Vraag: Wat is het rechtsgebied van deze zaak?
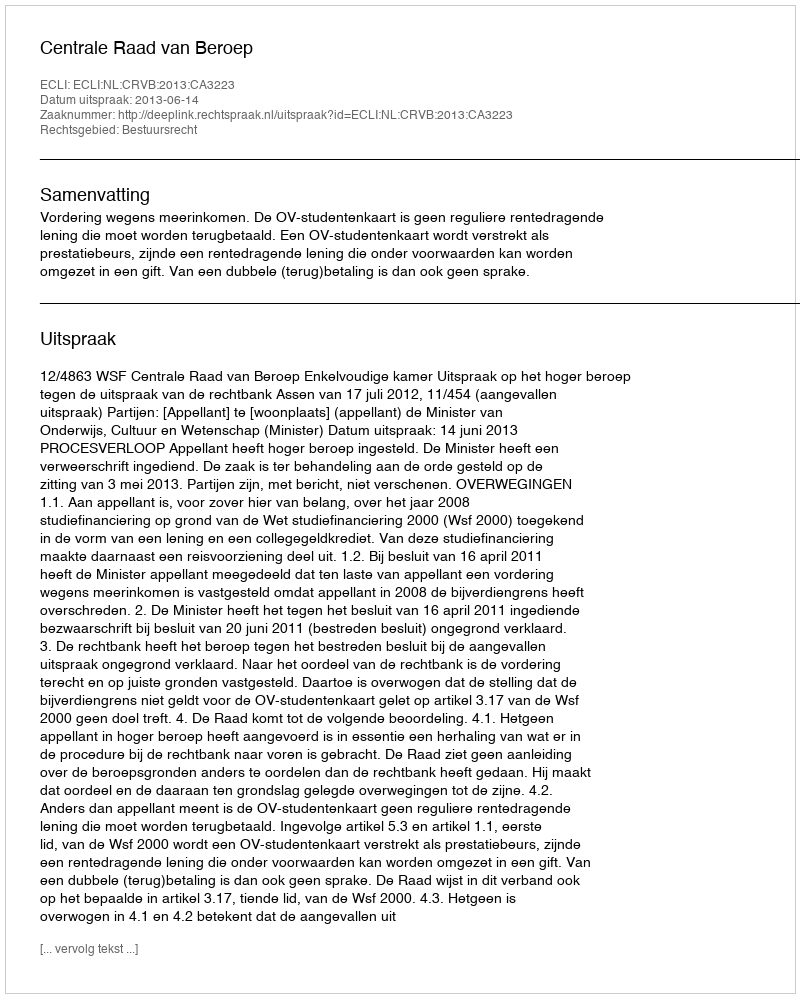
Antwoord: Bestuursrecht